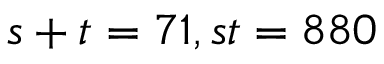
s + t = 7 1 , s t = 8 8 0